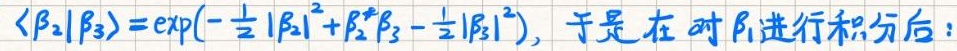
$\langle \beta_2 | \beta_3 \rangle = \exp\left(-\frac{1}{2} |\beta_2|^2 + \beta_2^* \beta_3 - \frac{1}{2} |\beta_3|^2\right), \ 于是在对\ \beta_1\ 进行积分后:$